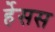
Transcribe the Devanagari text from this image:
र्हेसस